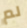
لم